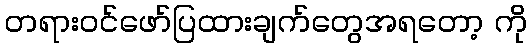
တရားဝင်ဖော်ပြထားချက်တွေအရတော့ ကို